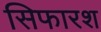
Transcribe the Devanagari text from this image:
सिफारश